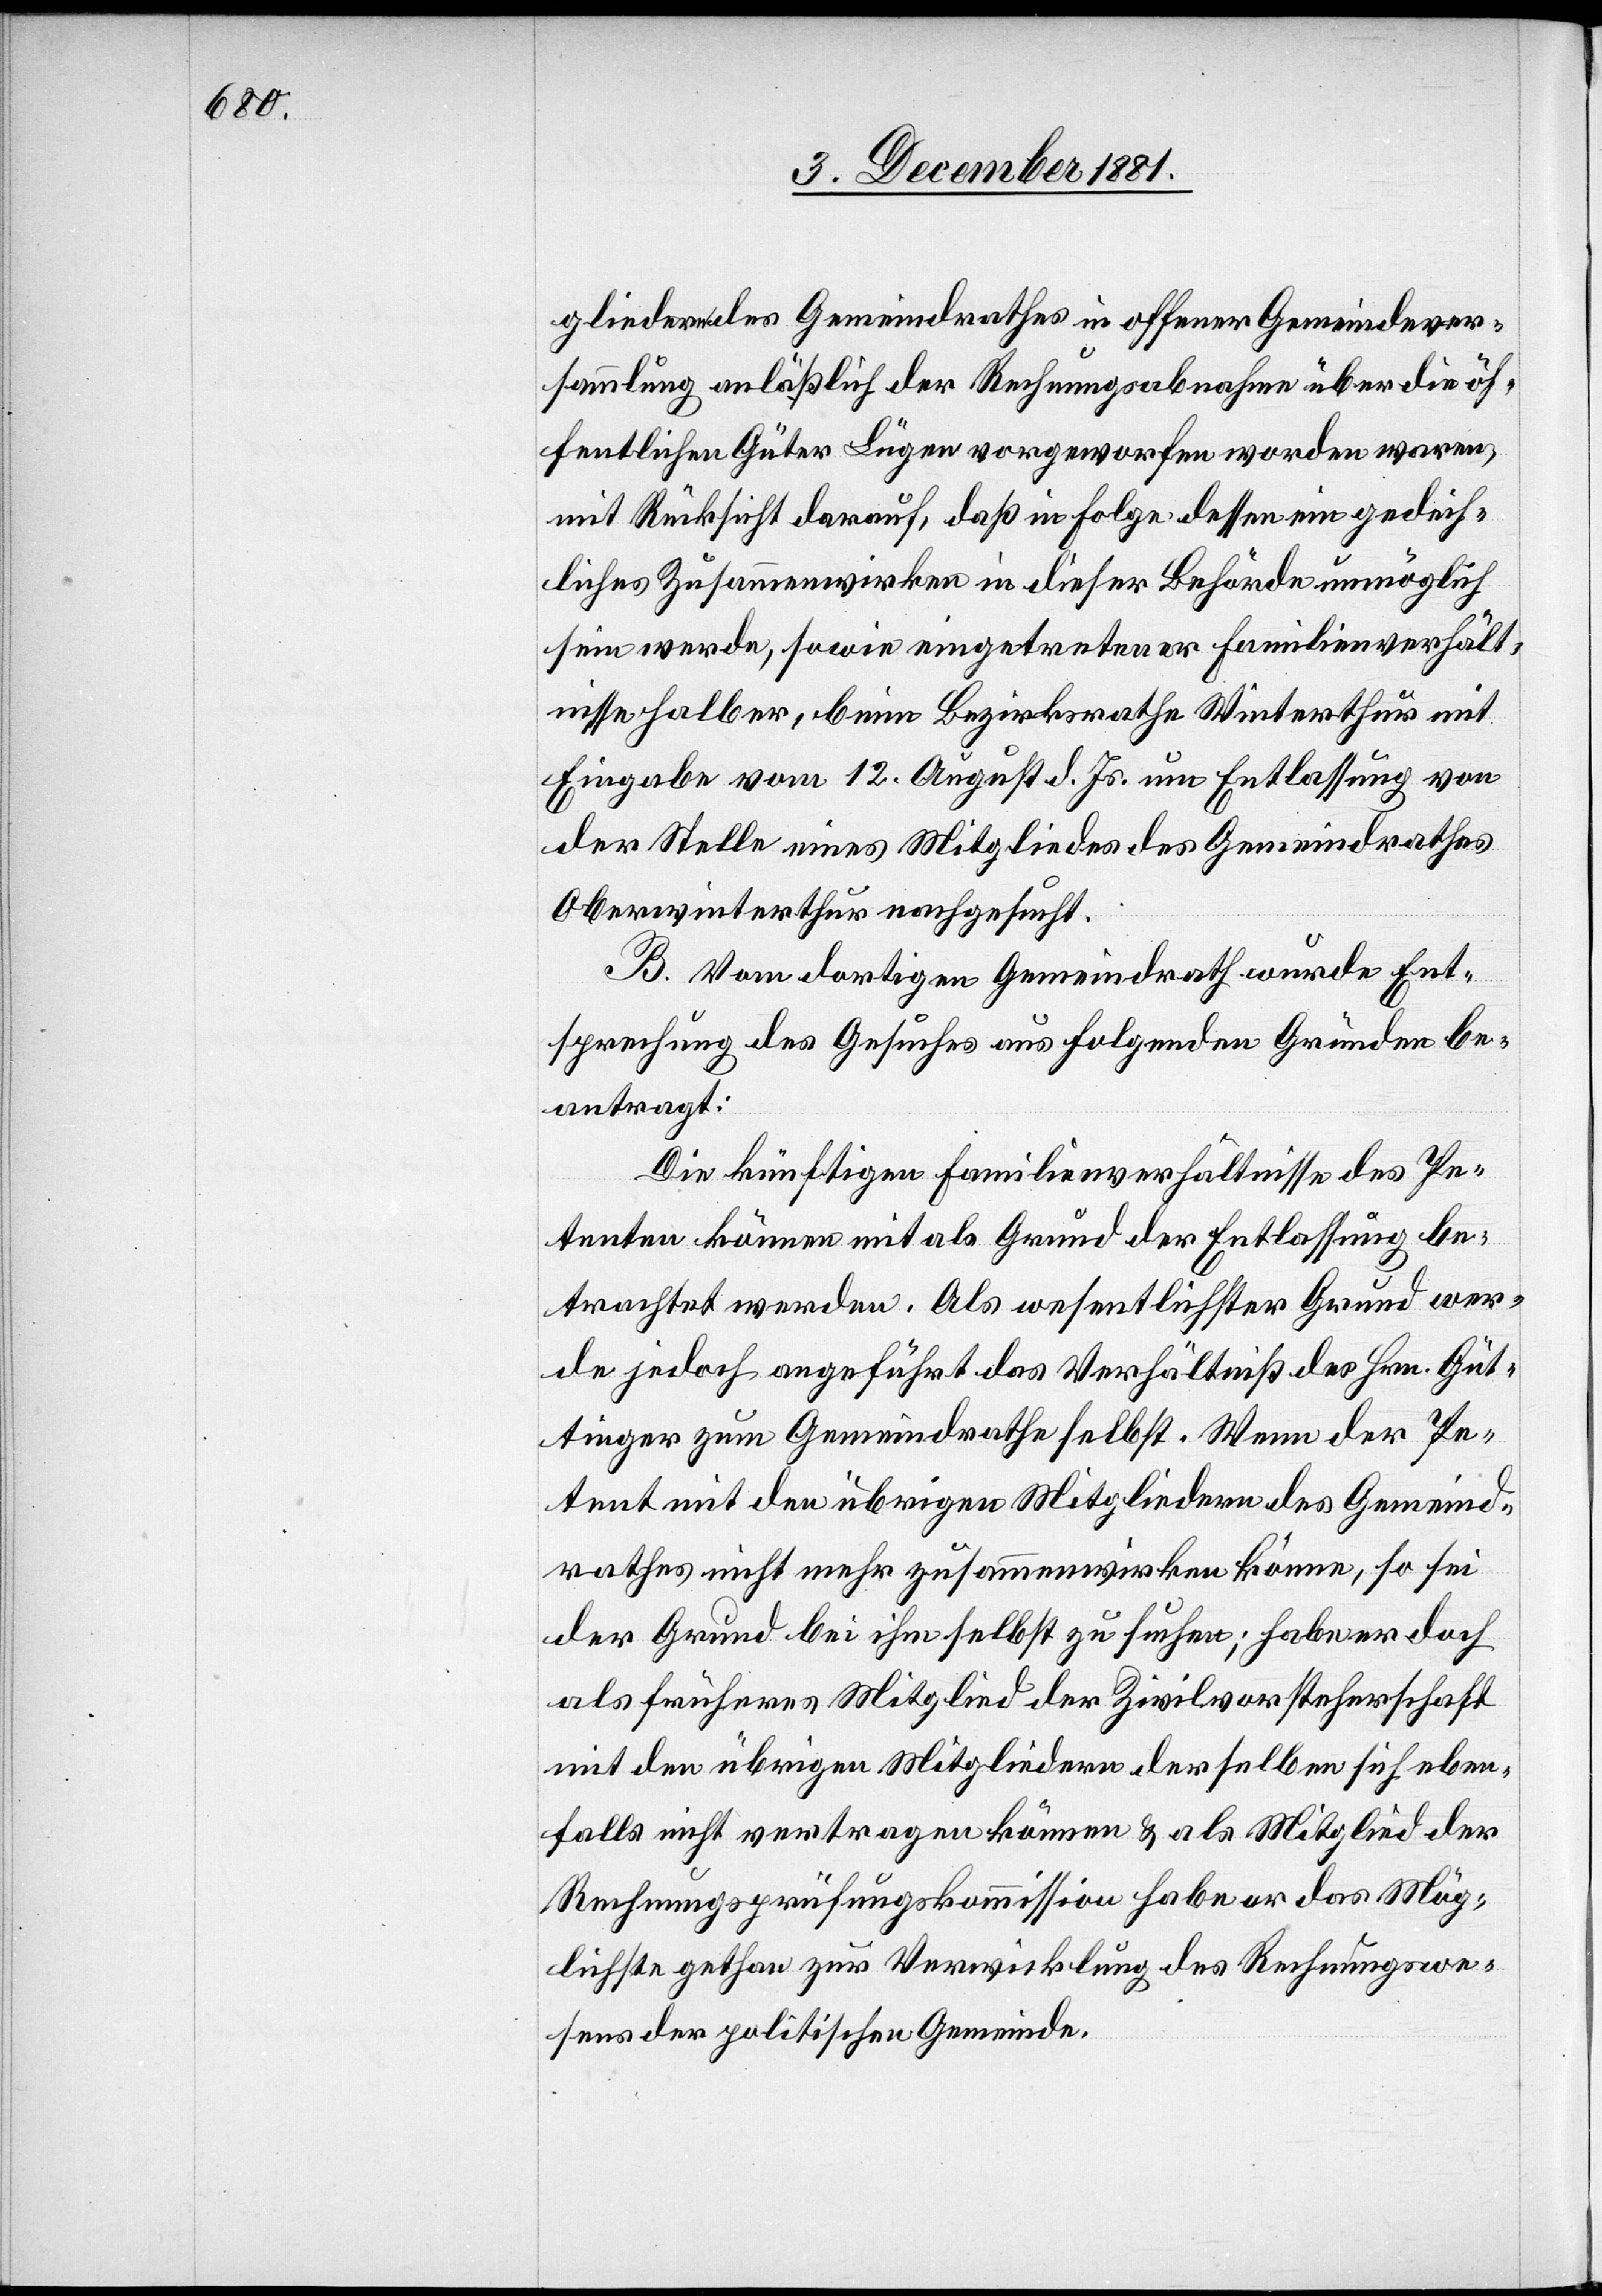
gliedern des Gemeindrathes in offener Gemeindever¬
sammlung anläßlich der Rechnungsabnahme über die öf¬
fentlichen Güter Lügen vorgeworfen worden waren,
mit Rücksicht darauf, daß in Folge dessen ein gedeih¬
liches Zusammenwirken in dieser Behörde unmöglich
sein werde, sowie eingetretener Familienverhält¬
nisse halber, beim Bezirksrathe Winterthur mit
Eingabe vom 12. August d. Js. um Entlassung von
der Stelle eines Mitgliedes des Gemeindrathes
Oberwinterthur nachgesucht.
B. Vom dortigen Gemeindrath wurde Ent¬
sprechung des Gesuches aus folgenden Gründen be¬
antragt:
Die künftigen Familienverhältnisse des Pe¬
tenten können mit als Grund der Entlassung be¬
trachtet werden. Als wesentlichster Grund wer¬
de jedoch angeführt das Verhältniß des Hrn. Güt¬
tinger zum Gemeindrathe selbst. Wenn der Pe¬
tent mit den übrigen Mitgliedern des Gemeind¬
rahtes nicht mehr zusammenwirken könne, so sei
der Grund bei ihm selbst zu suchen; habe er doch
als früheres Mitglied der Zivilvorsteherschaft
mit den übrigen Mitgliedern derselben sich eben¬
falls nicht vertragen können & als Mitglied der
Rechnungsprüfungskommission habe er das Mög¬
lichste gethan zur Verwicklung des Rechnungswe¬
sens der politischen Gemeinde.